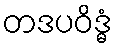
တဒပဝိဒ္ဓံ